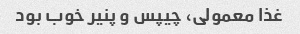
غذا معمولی، چیپس و پنیر خوب بود